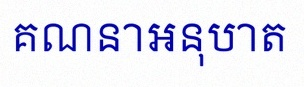
គណនាអនុបាត